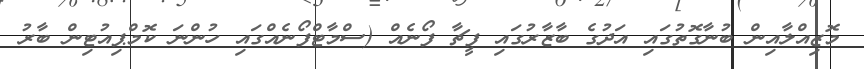
މޮޒިއްލާއިން ބުނާގޮތުގައި އަދުގެ ބާޒާރުގައި ފީޗާ ފޯނެއް (ސްމާޓްފޯނެއްގައި ހުންނަ ކޮމްޕިއުޓިން ބާރު